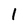
Character: 1